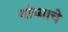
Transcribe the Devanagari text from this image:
थांब्याचे